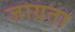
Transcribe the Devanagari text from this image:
जाग्रता